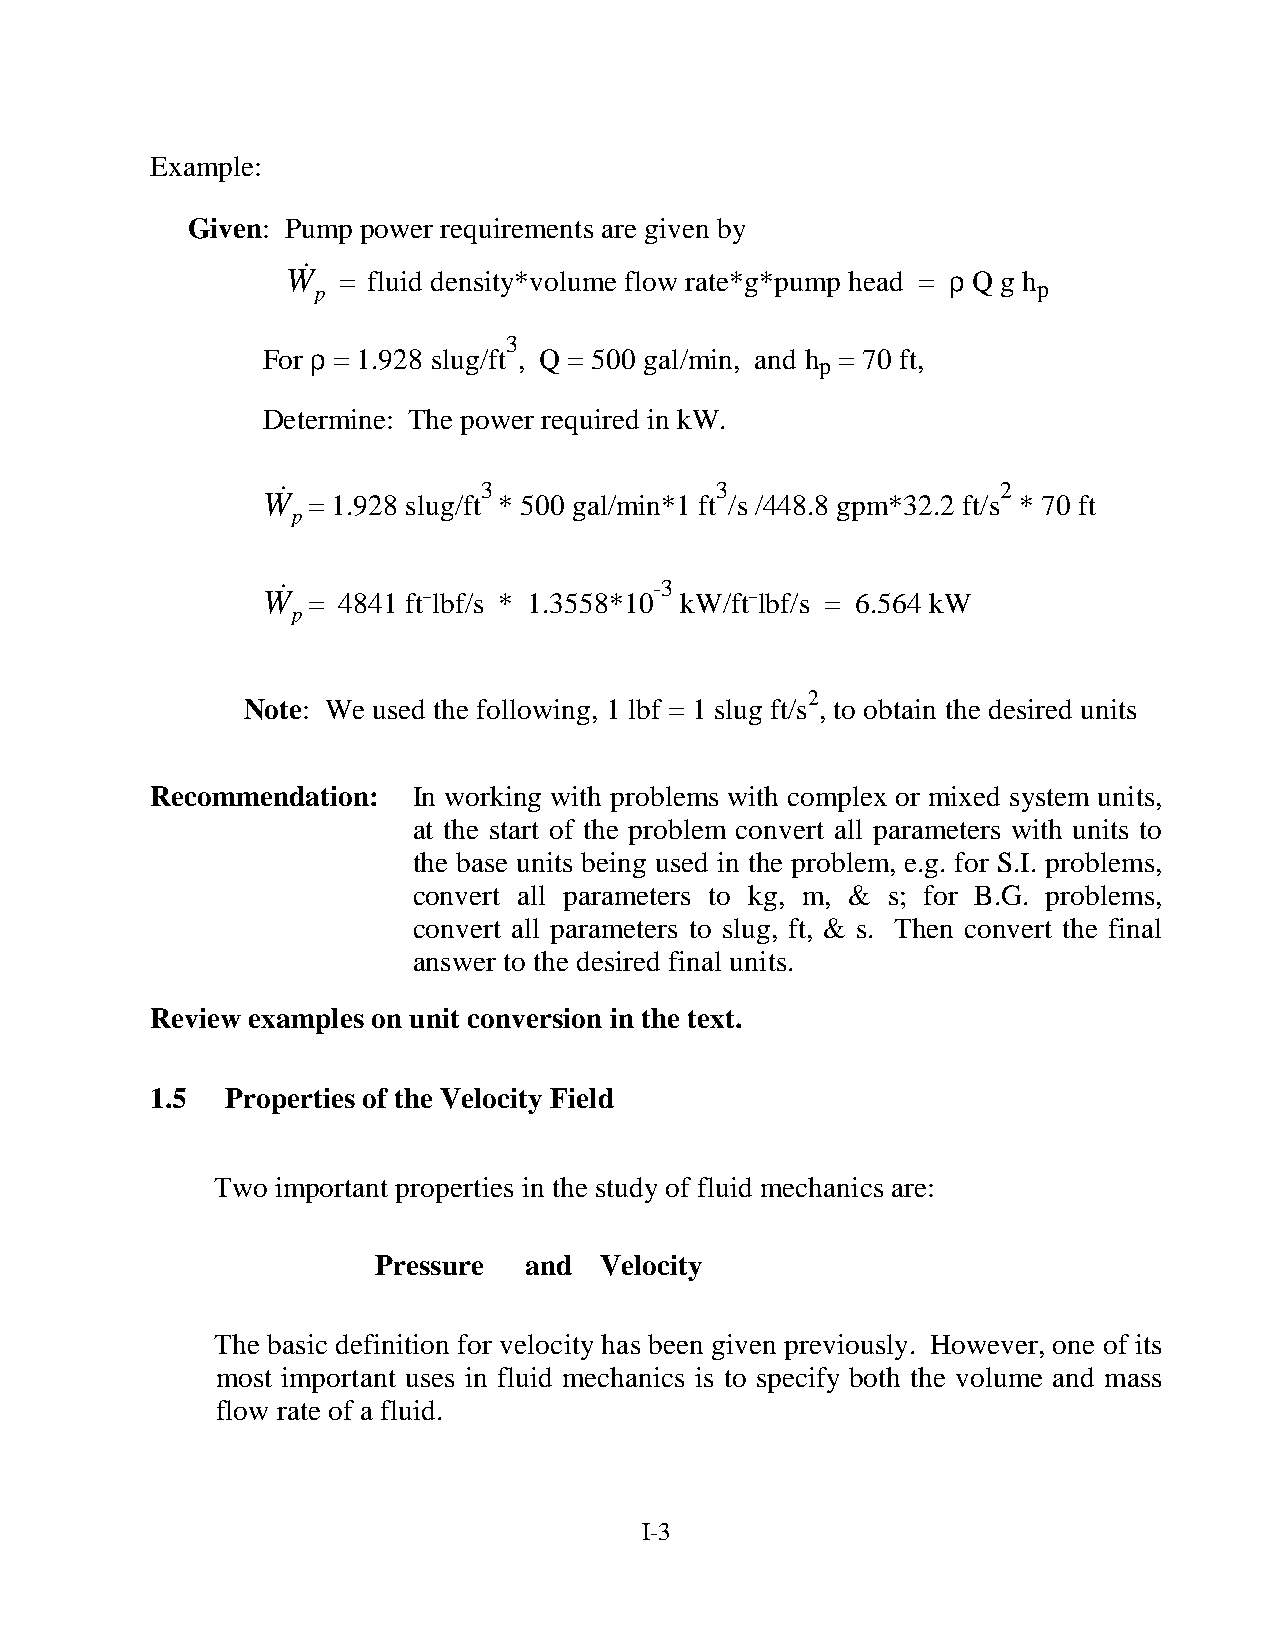
Example:
 Given: Pump power requirements are given by
 W!
 p
 = fluid density*volume flow rate*g*pump head =
 ρ
 Q g h
 p
 3
 ρ
 For  = 1.928 slug/ft , Q = 500 gal/min, and h = 70 ft,
 p
 Determine: The power required in kW.
 W!
 = 1.928
 slug/ft3
 * 500 gal/min*1
 ft3
 /s /448.8 gpm*32.2
 ft/s2
 * 70 ft
 p
 !                        -3
 W  = 4841 ft–lbf/s * 1.3558*10 kW/ft–lbf/s = 6.564 kW
 p
 2
 Note: We used the following, 1 lbf = 1 slug ft/s , to obtain the desired units
 Recommendation:  In working with problems with complex or mixed system units,
 at the start of the problem convert all parameters with units to
 the base units being used in the problem, e.g. for S.I. problems,
 convert all parameters to kg, m, & s; for B.G. problems,
 convert all parameters to slug, ft, & s. Then convert the final
 answer to the desired final units.
 Review examples on unit conversion in the text.
 1.5  Properties of the Velocity Field
 Two important properties in the study of fluid mechanics are:
 Pressure  and  Velocity
 The basic definition for velocity has been given previously. However, one of its
 most important uses in fluid mechanics is to specify both the volume and mass
 flow rate of a fluid.
 I-3